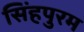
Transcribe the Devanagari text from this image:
सिंहपुरम